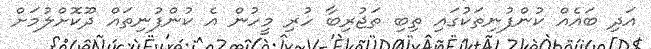
އަދި ބައެއް ކުންފުނިތަކުގައި ތިބި ތަޖުރިބާ ހުރި މީހުން އެ ކުންފުނިތައް ދޫކޮށްލުމަށް